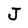
Character: J